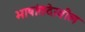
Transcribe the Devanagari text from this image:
भाषांतदेखील